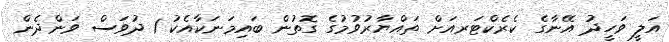
އަލީ ވަހީދު އޭނާގެ ކެރެކްޓަރއަށް ތައްޔާރުވުމުގެ ގޮތުން ބައިމަނަކާއެކު 1 ދުވަސް ވަންދެން